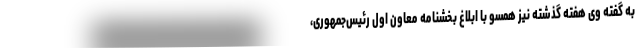
به گفته وی هفته گذشته نیز همسو با ابلاغ بخشنامه معاون اول رئیس‌جمهوری،